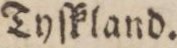
Tyſkland.